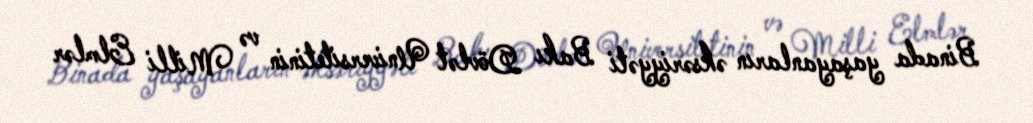
Binada yaşayanların əksəriyyəti Bakı Dövlət Universitetinin və Milli Elmlər